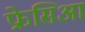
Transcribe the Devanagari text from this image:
फ्रेसिआ